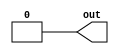
module top_module (
    output out);
assign out=0;
endmodule